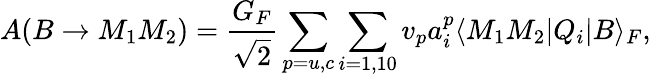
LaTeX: A(B\rightarrow M_{1}M_{2})=\frac{G_{F}}{\sqrt{2}}\sum_{p=u,c}\sum_{i=1,10}v_{p}a_{i}^{p}\langle M_{1}M_{2}\vert Q_{i}\vert B\rangle_{F},